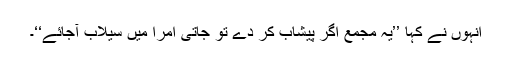
اُنہوں نے کہا ’’یہ مجمع اگر پیشاب کر دے تو جاتی اُمرا میں سیلاب آجائے‘‘۔